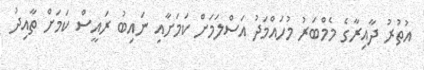
އުތުރު ދާއިރާގެ މެމްބަރު މުހައްމަދު އަސްލަމަށް ކަމަށާއި ނައިބު ރައީސް ކަމަށް ތާއިދު